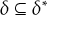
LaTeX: \delta \subseteq \delta ^ { * }